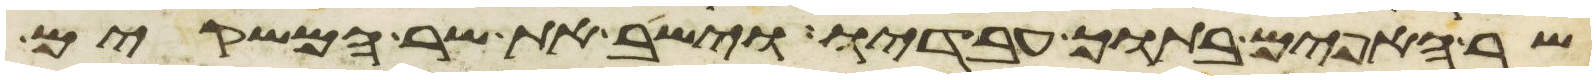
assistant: שר האפים בתוך עבדיו וישב את שר המשקים